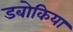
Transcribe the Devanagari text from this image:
डबोकिया